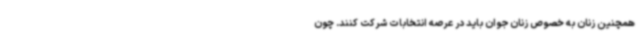
همچنین زنان به خصوص زنان جوان باید در عرصه انتخابات شرکت کنند. چون